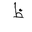
Letter: _za